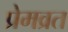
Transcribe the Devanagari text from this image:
प्रेमव्रत